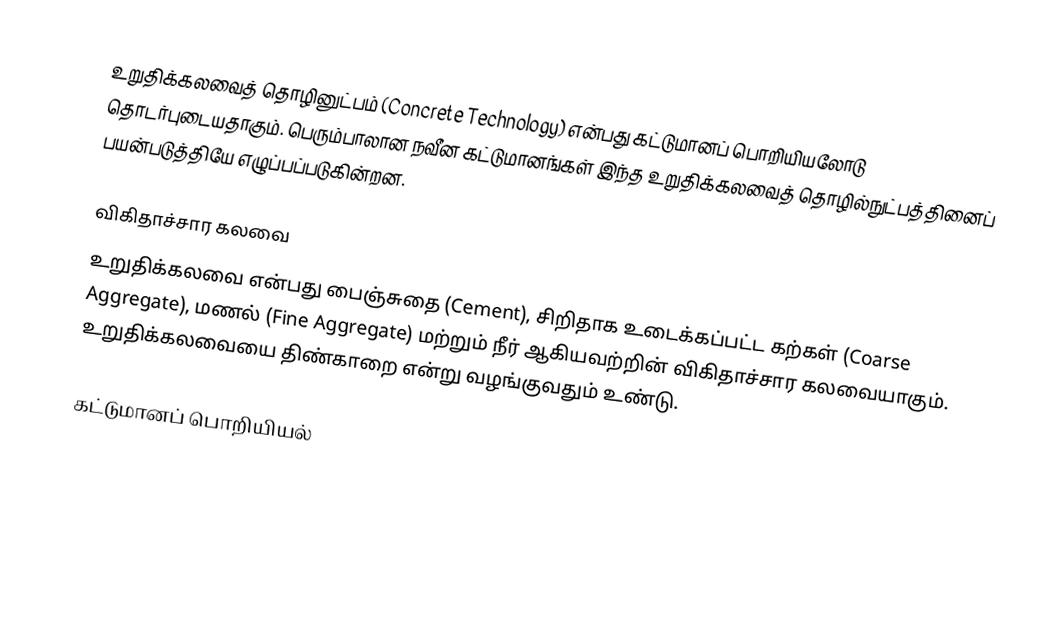
உறுதிக்கலவைத் தொழினுட்பம் (Concrete Technology) என்பது கட்டுமானப் பொறியியலோடு தொடர்புடையதாகும். பெரும்பாலான நவீன கட்டுமானங்கள் இந்த உறுதிக்கலவைத் தொழில்நுட்பத்தினைப் பயன்படுத்தியே எழுப்பப்படுகின்றன.

விகிதாச்சார கலவை
உறுதிக்கலவை என்பது பைஞ்சுதை (Cement), சிறிதாக உடைக்கப்பட்ட கற்கள் (Coarse Aggregate), மணல் (Fine Aggregate) மற்றும் நீர் ஆகியவற்றின் விகிதாச்சார கலவையாகும். உறுதிக்கலவையை திண்காறை என்று வழங்குவதும் உண்டு.

கட்டுமானப் பொறியியல்